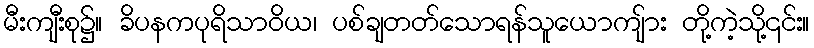
မီးကျီးစု၌။ ခိပနကပုရိသာဝိယ၊ ပစ်ချတတ်သောရန်သူယောကျ်ား တို့ကဲ့သို့၎င်း။